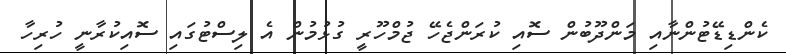
ކެންޑިޑޭޓުންނާއި މަންދޫބުން ސޮއި ކުރަންޖެހޭ ޖުމްހޫރީ ގުޅުމުން އެ ލިސްޓުގައި ސޮއިކުރާނީ ހުރިހާ